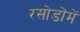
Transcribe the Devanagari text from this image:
रसोडोंमें